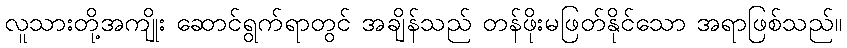
လူသားတို့အကျိုး ဆောင်ရွက်ရာတွင် အချိန်သည် တန်ဖိုးမဖြတ်နိုင်သော အရာဖြစ်သည်။